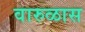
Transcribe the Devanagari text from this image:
वारुळास